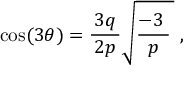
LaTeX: \cos ( 3 \theta ) = { \frac { \, 3 q \, } { 2 p } } { \sqrt { { \frac { - 3 \; } { p } } \, } } \; ,